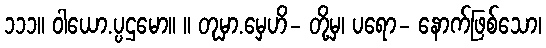
၁၁၁။ ဝါယော.ပ္ပဌမော။ ။ တုမှာ.မှေဟိ- တို့မှ၊ ပရော- နောက်ဖြစ်သော၊